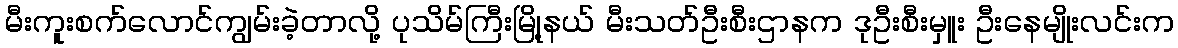
မီးကူးစက်လောင်ကျွမ်းခဲ့တာလို့ ပုသိမ်ကြီးမြို့နယ် မီးသတ်ဦးစီးဌာနက ဒုဦးစီးမှူး ဦးနေမျိုးလင်းက